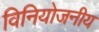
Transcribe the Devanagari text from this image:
विनियोजनीय